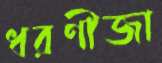
ধরণীজা